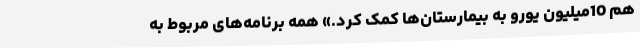
هم 10میلیون یورو به بیمارستان‌ها کمک کرد.» همه برنامه‌های مربوط به